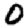
Digit: 0